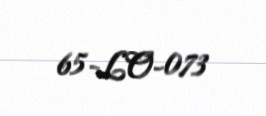
65-LO-073